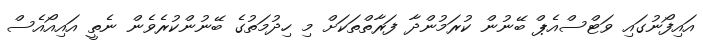
އައިފޯނުގައި ވަޓްސްއެޕް ބޭނުން ކުރަމުންދާ ފަރާތްތަކަށް މި ހިދުމަތުގެ ބޭނުންކުރެވެން ނެތީ އައިއޯއެސް